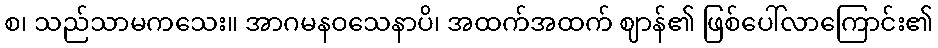
စ၊ သည်သာမကသေး။ အာဂမနဝသေနာပိ၊ အထက်အထက် ဈာန်၏ ဖြစ်ပေါ်လာကြောင်း၏